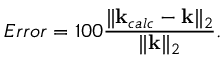
E r r o r = 1 0 0 \frac { \| \mathbf { k } _ { c a l c } - \mathbf { k } \| _ { 2 } } { \| \mathbf { k } \| _ { 2 } } .